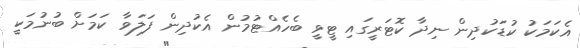
އެކަމަކު ކުޑަކުދިން ނިދާ ކޮޓަރީގައި ޓީވީ ބެހެއްޓުމުން އެކުދިން ފަލަވާ ކަމަށް ބުނުމަކީ